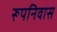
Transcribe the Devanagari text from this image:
रूपनिवास